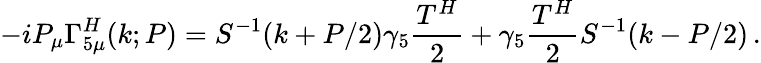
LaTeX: -iP_{\mu}\Gamma_{5\mu}^{H}(k;P)={S}^{-1}(k+P/2)\gamma_{5}\frac{T^{H}}{2}+\gamma_{5}\frac{T^{H}}{2}{S}^{-1}(k-P/2)\, .